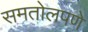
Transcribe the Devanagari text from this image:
समतोलपणे